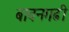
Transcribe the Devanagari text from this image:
बावनगढी